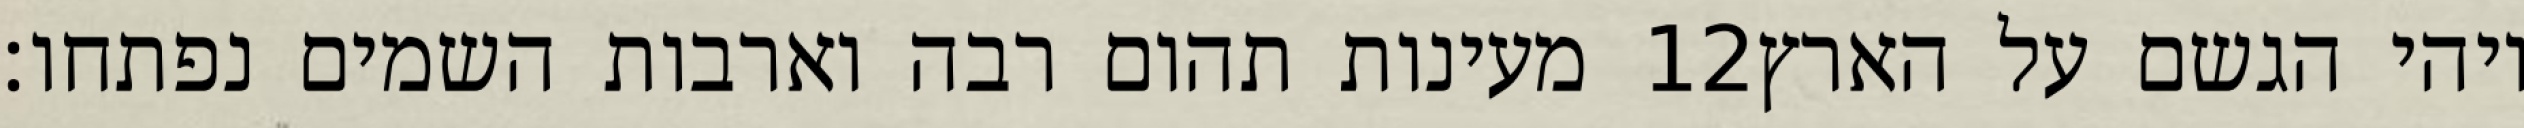
מעינות תהום רבה וארבות השמים נפתחו׃ ‎12‏ ויהי הגשם על הארץ